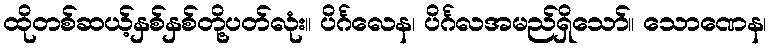
ထိုတစ်ဆယ့်နှစ်နှစ်တို့ပတ်လုံး။ ပိင်္ဂလေန၊ ပိင်္ဂလအမည်ရှိသော်။ သောဏေန၊